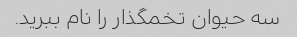
سه حیوان تخمگذار را نام ببرید.